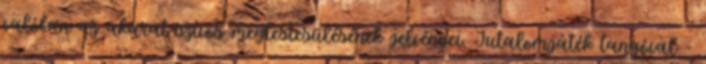
valóban az akarat szívós megtestesülésének jelvényei. Jutalomjáték tangóval -